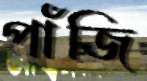
পাঁজি